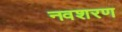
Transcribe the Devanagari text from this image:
नवशरण